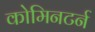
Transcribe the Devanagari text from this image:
कोमिनटर्न